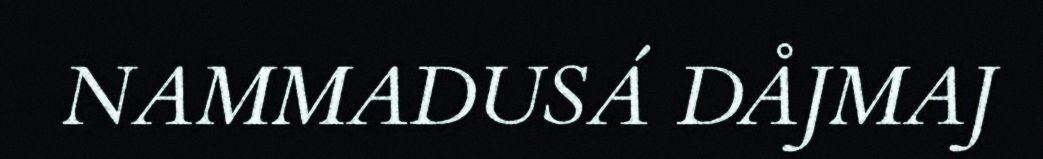
NAMMADUSÁ DÅJMAJ